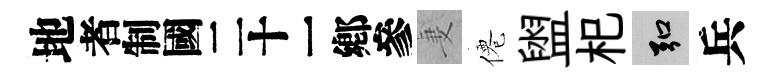
地识妻僊盥𣏌弘兵